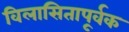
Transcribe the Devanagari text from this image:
विलासितापूर्वक